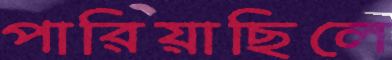
পারিয়াছিলে